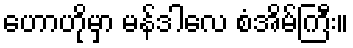
ဟောဟိုမှာ မန်ဒါလေ စံအိမ်ကြီး။